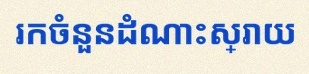
រកចំនួនដំណោះស្រាយ